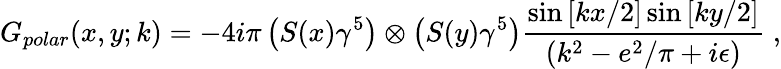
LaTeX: G_{polar}(x,y;k)=-4i\pi\left(S(x)\gamma^{5}\right)\otimes\left(S(y)\gamma^{5}\right)\frac{\sin\left[kx/2\right]\sin\left[ky/2\right]}{(k^{2}-e^{2}/\pi+i\epsilon)}\; ,